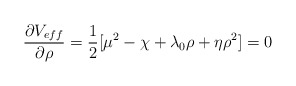
\begin{align*}\frac{\partial V_{eff}}{\partial \rho} = \frac{1}{2} [\mu^2 - \chi+\lambda_0 \rho+ \eta \rho^2]= 0\end{align*}